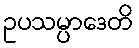
ဥပသမ္ပာဒေတိ